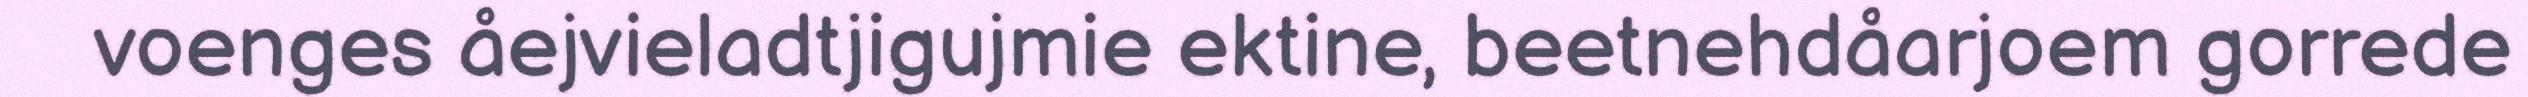
voenges åejvieladtjigujmie ektine, beetnehdåarjoem gorrede